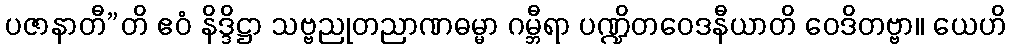
ပဇာနာတီ”တိ ဧဝံ နိဒ္ဒိဋ္ဌာ သဗ္ဗညုတညာဏဓမ္မာ ဂမ္ဘီရာ ပဏ္ဍိတဝေဒနီယာတိ ဝေဒိတဗ္ဗာ။ ယေဟိ